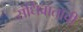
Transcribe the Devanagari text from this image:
संधिवाताची